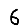
Digit: 6